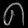
Digit: ၈